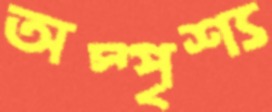
অস্পৃশ্য